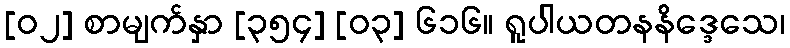
[၀၂] စာမျက်နှာ [၃၅၄] [၀၃] ၆၁၆။ ရူပါယတနနိဒ္ဒေသေ၊